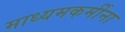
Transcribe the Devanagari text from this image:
माध्यमकर्मीना